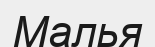
Малья